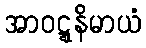
အာဝဋ္ဋနိမာယံ